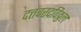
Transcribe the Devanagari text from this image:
दत्तवरदविठ्ठल